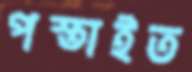
পস্তাইত